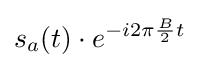
s_{a}(t)\cdot e^{-i2\pi {\frac {B}{2}}t}